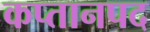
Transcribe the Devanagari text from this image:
कप्तानपद